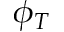
\phi _ { T }